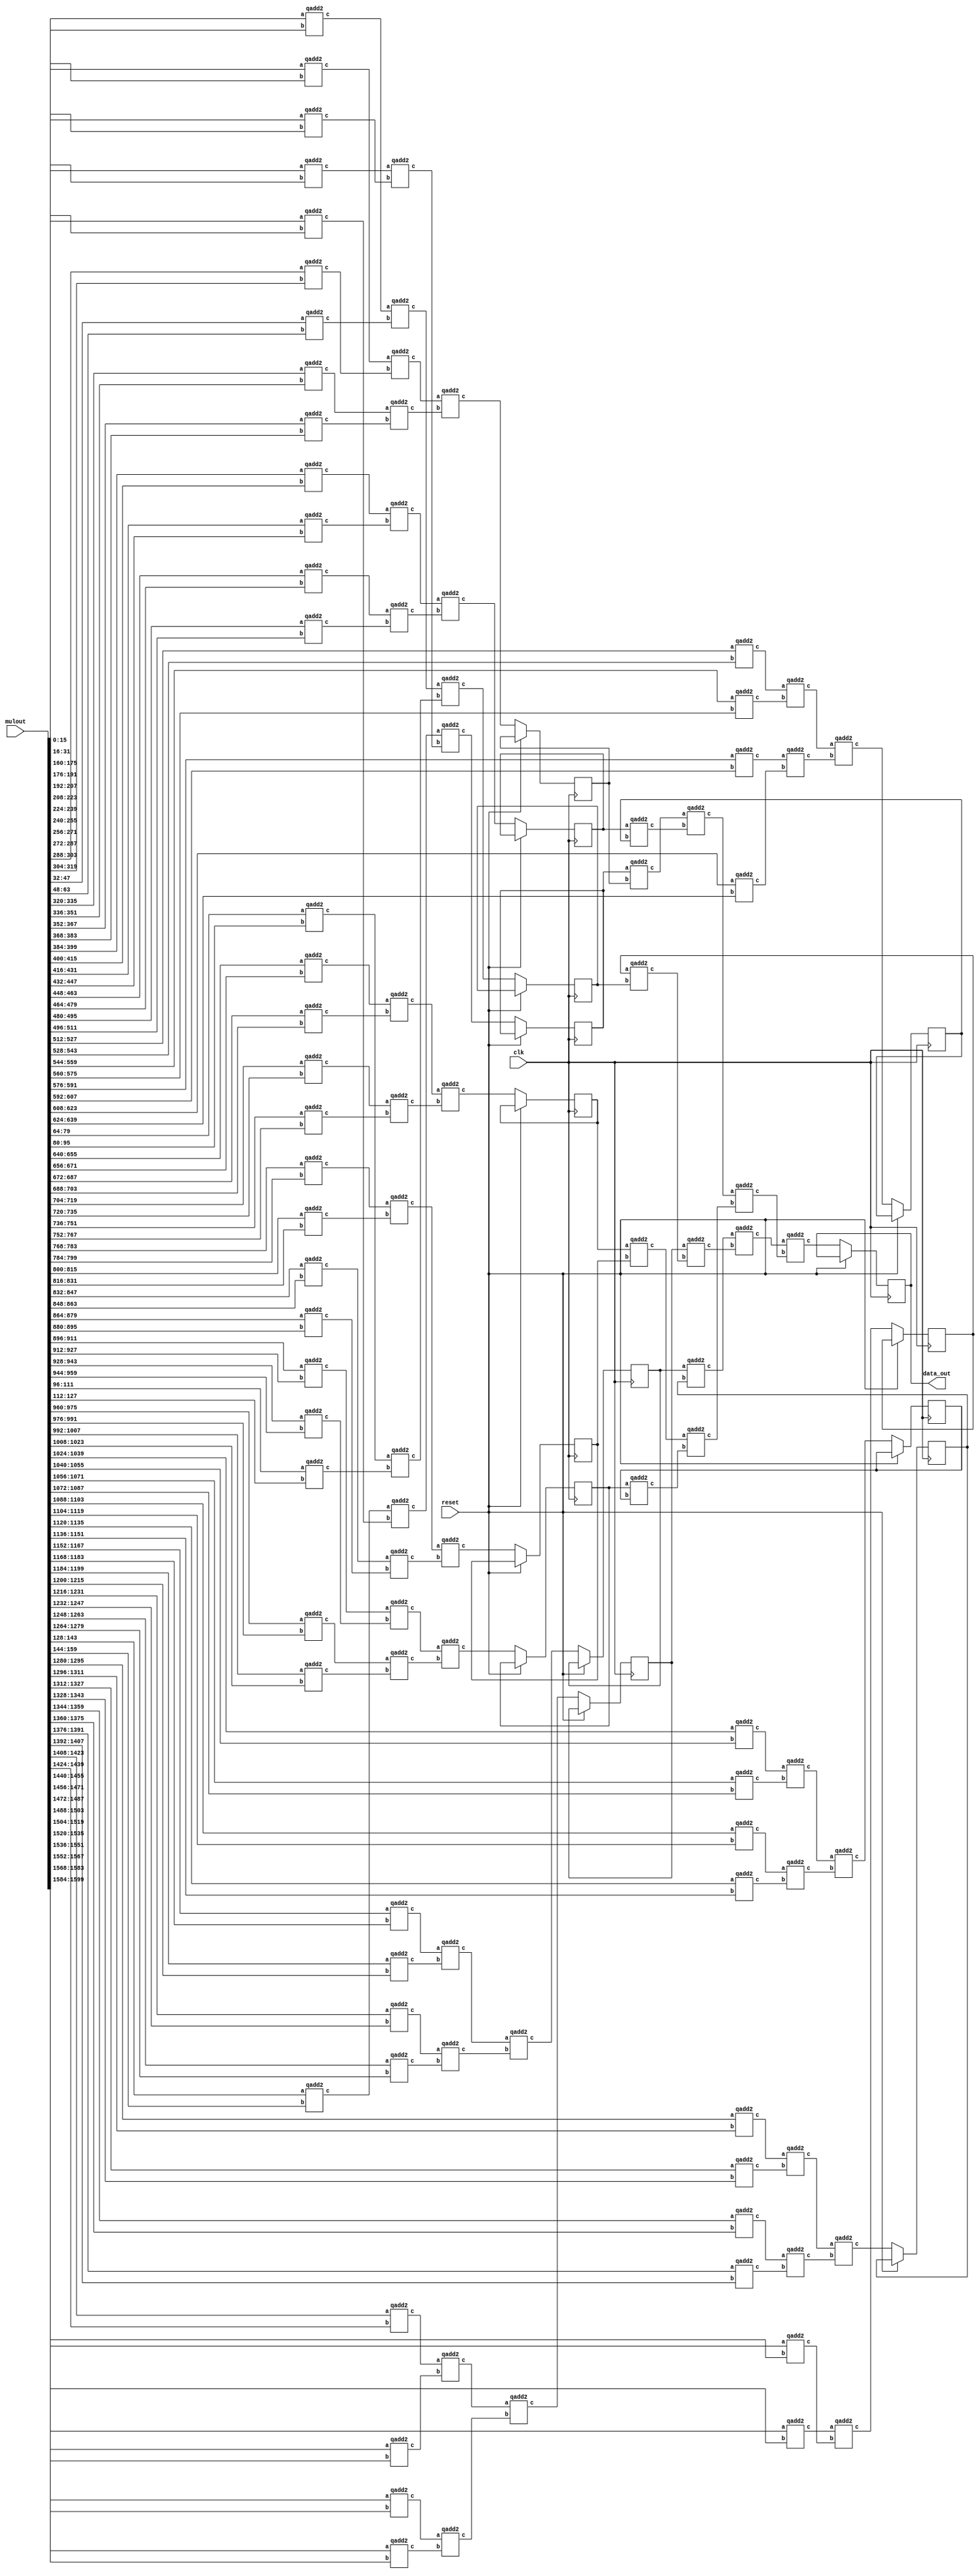
`define SIMULATION_MEMORY
`define ARRAY_DEPTH 64      //Number of Hidden neurons
`define INPUT_DEPTH 100	    //LSTM input vector dimensions
`define DATA_WIDTH 16		//16 bit representation
`define INWEIGHT_DEPTH 6400 //100x64
`define HWEIGHT_DEPTH 4096  //64x64
`define varraysize 1600   //100x16
`define uarraysize 1024  //64x16

 module vecmat_add_x #(parameter varraysize=1600,vectwidth=100) 
 (
 input clk,reset,
 input [varraysize-1:0] mulout,
 output reg [15:0] data_out
 );
          
  wire [15:0] tmp0, tmp1 ,tmp2 ,tmp3 ,tmp4 ,tmp5 ,tmp6 ,tmp7 ,tmp8 ,tmp9 ,tmp10 ,tmp11 ,tmp12 ,tmp13 ,tmp14 ,tmp15 ,tmp16 ,tmp17 ,tmp18 ,tmp19 ,tmp20 ,tmp21 ,tmp22 ,tmp23 ,tmp24 ,tmp25 ,tmp26 ,tmp27 ,tmp28 ,tmp29 ,tmp30 ,tmp31 ,tmp32 ,tmp33 ,tmp34 ,tmp35 ,tmp36 ,tmp37 ,tmp38 ,tmp39 ,tmp40 ,tmp41 ,tmp42 ,tmp43 ,tmp44 ,tmp45 ,tmp46 ,tmp47 ,tmp48 ,tmp49 ,tmp50,tmp51 ,tmp52 ,tmp53,tmp54 ,tmp55 ,tmp56 ,tmp57 ,tmp58,tmp59 ,tmp60 ,tmp61 ,tmp62 ,tmp63 ,tmp64 ,tmp65 ; 
 wire [15:0] tmp66 ,tmp67 ,tmp68 ,tmp69 ,tmp70 ,tmp71 ,tmp72 ,tmp73 ,tmp74 ,tmp75 ,tmp76 ,tmp77 ,tmp78 ,tmp79 ,tmp80 ,tmp81 ,tmp82 ,tmp83 ,tmp84, tmp85 ,tmp86, tmp87,tmp88 ,tmp89 ,tmp90 ,tmp91 ,tmp92 ,tmp93 ,tmp94 ,tmp95, tmp96, tmp97, tmp98, tmp99;
 reg[31:0] i;

 reg [15:0] ff49,ff51,ff53,ff55,ff57,ff59,ff61,ff63,ff65,ff67,ff69,ff71,ff73;

 always @(posedge clk) begin
	if(~reset) begin	
		data_out <= tmp97;
	//adding a flop pipeline stage
		ff49 <= tmp49;
		ff51 <= tmp51;
		ff53 <= tmp53;
		ff55 <= tmp55;
		ff57 <= tmp57;	
		ff59 <= tmp59;
		ff61 <= tmp61;
		ff63 <= tmp63;
		ff65 <= tmp65;
		ff67 <= tmp67;
		ff69 <= tmp69;
		ff71 <= tmp71;
		ff73 <= tmp73;


	end   
 end     

		qadd2 Add_u0(.a(mulout[16*0+:16]),.b(mulout[16*1+:16]),.c(tmp0));
		qadd2 Add_u2(.a(mulout[16*2+:16]),.b(mulout[16*3+:16]),.c(tmp2));
		qadd2 Add_u4(.a(mulout[16*4+:16]),.b(mulout[16*5+:16]),.c(tmp4));
		qadd2 Add_u6(.a(mulout[16*6+:16]),.b(mulout[16*7+:16]),.c(tmp6));
		qadd2 Add_u8(.a(mulout[16*8+:16]),.b(mulout[16*9+:16]),.c(tmp8));
		qadd2 Add_u10(.a(mulout[16*10+:16]),.b(mulout[16*11+:16]),.c(tmp10));
		qadd2 Add_u12(.a(mulout[16*12+:16]),.b(mulout[16*13+:16]),.c(tmp12));
		qadd2 Add_u14(.a(mulout[16*14+:16]),.b(mulout[16*15+:16]),.c(tmp14));
		qadd2 Add_u16(.a(mulout[16*16+:16]),.b(mulout[16*17+:16]),.c(tmp16));
		qadd2 Add_u18(.a(mulout[16*18+:16]),.b(mulout[16*19+:16]),.c(tmp18));
		qadd2 Add_u20(.a(mulout[16*20+:16]),.b(mulout[16*21+:16]),.c(tmp20));
		qadd2 Add_u22(.a(mulout[16*22+:16]),.b(mulout[16*23+:16]),.c(tmp22));
		qadd2 Add_u24(.a(mulout[16*24+:16]),.b(mulout[16*25+:16]),.c(tmp24));
		qadd2 Add_u26(.a(mulout[16*26+:16]),.b(mulout[16*27+:16]),.c(tmp26));
		qadd2 Add_u28(.a(mulout[16*28+:16]),.b(mulout[16*29+:16]),.c(tmp28));
		qadd2 Add_u30(.a(mulout[16*30+:16]),.b(mulout[16*31+:16]),.c(tmp30));
		qadd2 Add_u32(.a(mulout[16*32+:16]),.b(mulout[16*33+:16]),.c(tmp32));
		qadd2 Add_u34(.a(mulout[16*34+:16]),.b(mulout[16*35+:16]),.c(tmp34));
		qadd2 Add_u36(.a(mulout[16*36+:16]),.b(mulout[16*37+:16]),.c(tmp36));
		qadd2 Add_u38(.a(mulout[16*38+:16]),.b(mulout[16*39+:16]),.c(tmp38));
		qadd2 Add_u40(.a(mulout[16*40+:16]),.b(mulout[16*41+:16]),.c(tmp40));
		qadd2 Add_u42(.a(mulout[16*42+:16]),.b(mulout[16*43+:16]),.c(tmp42));
		qadd2 Add_u44(.a(mulout[16*44+:16]),.b(mulout[16*45+:16]),.c(tmp44));
		qadd2 Add_u46(.a(mulout[16*46+:16]),.b(mulout[16*47+:16]),.c(tmp46));
		qadd2 Add_u48(.a(mulout[16*48+:16]),.b(mulout[16*49+:16]),.c(tmp48));
		qadd2 Add_u50(.a(mulout[16*50+:16]),.b(mulout[16*51+:16]),.c(tmp50));
		qadd2 Add_u52(.a(mulout[16*52+:16]),.b(mulout[16*53+:16]),.c(tmp52));
		qadd2 Add_u54(.a(mulout[16*54+:16]),.b(mulout[16*55+:16]),.c(tmp54));
		qadd2 Add_u56(.a(mulout[16*56+:16]),.b(mulout[16*57+:16]),.c(tmp56));
		qadd2 Add_u58(.a(mulout[16*58+:16]),.b(mulout[16*59+:16]),.c(tmp58));
		qadd2 Add_u60(.a(mulout[16*60+:16]),.b(mulout[16*61+:16]),.c(tmp60));
		qadd2 Add_u62(.a(mulout[16*62+:16]),.b(mulout[16*63+:16]),.c(tmp62));
		qadd2 Add_u64(.a(mulout[16*64+:16]),.b(mulout[16*65+:16]),.c(tmp64));
		qadd2 Add_u66(.a(mulout[16*66+:16]),.b(mulout[16*67+:16]),.c(tmp66));
		qadd2 Add_u68(.a(mulout[16*68+:16]),.b(mulout[16*69+:16]),.c(tmp68));
		qadd2 Add_u70(.a(mulout[16*70+:16]),.b(mulout[16*71+:16]),.c(tmp70));
		qadd2 Add_u72(.a(mulout[16*72+:16]),.b(mulout[16*73+:16]),.c(tmp72));
		qadd2 Add_u74(.a(mulout[16*74+:16]),.b(mulout[16*75+:16]),.c(tmp74));
		qadd2 Add_u76(.a(mulout[16*76+:16]),.b(mulout[16*77+:16]),.c(tmp76));
		qadd2 Add_u78(.a(mulout[16*78+:16]),.b(mulout[16*79+:16]),.c(tmp78));
		qadd2 Add_u80(.a(mulout[16*80+:16]),.b(mulout[16*81+:16]),.c(tmp80));
		qadd2 Add_u82(.a(mulout[16*82+:16]),.b(mulout[16*83+:16]),.c(tmp82));
		qadd2 Add_u84(.a(mulout[16*84+:16]),.b(mulout[16*85+:16]),.c(tmp84));
		qadd2 Add_u86(.a(mulout[16*86+:16]),.b(mulout[16*87+:16]),.c(tmp86));
		qadd2 Add_u88(.a(mulout[16*88+:16]),.b(mulout[16*89+:16]),.c(tmp88));
		qadd2 Add_u90(.a(mulout[16*90+:16]),.b(mulout[16*91+:16]),.c(tmp90));
		qadd2 Add_u92(.a(mulout[16*92+:16]),.b(mulout[16*93+:16]),.c(tmp92));
		qadd2 Add_u94(.a(mulout[16*94+:16]),.b(mulout[16*95+:16]),.c(tmp94));
		qadd2 Add_u96(.a(mulout[16*96+:16]),.b(mulout[16*97+:16]),.c(tmp96));
		qadd2 Add_u98(.a(mulout[16*98+:16]),.b(mulout[16*99+:16]),.c(tmp98));
		
		 
			qadd2 Add_u1(.a(tmp0),.b(tmp2),.c(tmp1));
			qadd2 Add_u3(.a(tmp4),.b(tmp6),.c(tmp3));
			qadd2 Add_u5(.a(tmp8),.b(tmp10),.c(tmp5));
			qadd2 Add_u7(.a(tmp12),.b(tmp14),.c(tmp7));
			qadd2 Add_u9(.a(tmp16),.b(tmp18),.c(tmp9));
			qadd2 Add_u11(.a(tmp20),.b(tmp22),.c(tmp11));
			qadd2 Add_u13(.a(tmp24),.b(tmp26),.c(tmp13));
			qadd2 Add_u15(.a(tmp28),.b(tmp30),.c(tmp15));
			qadd2 Add_u17(.a(tmp32),.b(tmp34),.c(tmp17));
			qadd2 Add_u19(.a(tmp36),.b(tmp38),.c(tmp19));
			qadd2 Add_u21(.a(tmp40),.b(tmp42),.c(tmp21));
			qadd2 Add_u23(.a(tmp44),.b(tmp46),.c(tmp23));
			qadd2 Add_u25(.a(tmp48),.b(tmp50),.c(tmp25));
			qadd2 Add_u27(.a(tmp52),.b(tmp54),.c(tmp27));
			qadd2 Add_u29(.a(tmp56),.b(tmp58),.c(tmp29));
			qadd2 Add_u31(.a(tmp60),.b(tmp62),.c(tmp31));
			qadd2 Add_u33(.a(tmp64),.b(tmp66),.c(tmp33));
			qadd2 Add_u35(.a(tmp68),.b(tmp70),.c(tmp35));
			qadd2 Add_u37(.a(tmp72),.b(tmp74),.c(tmp37));
			qadd2 Add_u39(.a(tmp76),.b(tmp78),.c(tmp39));
			qadd2 Add_u41(.a(tmp80),.b(tmp82),.c(tmp41));
			qadd2 Add_u43(.a(tmp84),.b(tmp86),.c(tmp43));
			qadd2 Add_u45(.a(tmp88),.b(tmp90),.c(tmp45));
			qadd2 Add_u47(.a(tmp92),.b(tmp94),.c(tmp47));
			qadd2 Add_u49(.a(tmp96),.b(tmp98),.c(tmp49));
						
			qadd2 Add_u51(.a(tmp1),.b(tmp3),.c(tmp51));
			qadd2 Add_u53(.a(tmp5),.b(tmp7),.c(tmp53));
			qadd2 Add_u55(.a(tmp9),.b(tmp11),.c(tmp55));
			qadd2 Add_u57(.a(tmp13),.b(tmp15),.c(tmp57));
			qadd2 Add_u59(.a(tmp17),.b(tmp19),.c(tmp59));
			qadd2 Add_u61(.a(tmp21),.b(tmp23),.c(tmp61));
			qadd2 Add_u63(.a(tmp25),.b(tmp27),.c(tmp63));
			qadd2 Add_u65(.a(tmp29),.b(tmp31),.c(tmp65));
			qadd2 Add_u67(.a(tmp33),.b(tmp35),.c(tmp67));
			qadd2 Add_u69(.a(tmp37),.b(tmp39),.c(tmp69));
			qadd2 Add_u71(.a(tmp41),.b(tmp43),.c(tmp71));
			qadd2 Add_u73(.a(tmp45),.b(tmp47),.c(tmp73));
			
			qadd2 Add_u75(.a(ff49),.b(ff51),.c(tmp75));
			qadd2 Add_u77(.a(ff53),.b(ff55),.c(tmp77));
			qadd2 Add_u79(.a(ff57),.b(ff59),.c(tmp79));
			qadd2 Add_u81(.a(ff61),.b(ff63),.c(tmp81));
			qadd2 Add_u83(.a(ff65),.b(ff67),.c(tmp83));
			qadd2 Add_u85(.a(ff69),.b(ff71),.c(tmp85));

			qadd2 Add_u87(.a(ff73),.b(tmp75),.c(tmp87));
			qadd2 Add_u89(.a(tmp77),.b(tmp79),.c(tmp89));
			qadd2 Add_u91(.a(tmp81),.b(tmp83),.c(tmp91));

			qadd2 Add_u93(.a(tmp85),.b(tmp87),.c(tmp93));
			qadd2 Add_u95(.a(tmp89),.b(tmp91),.c(tmp95));

			qadd2 Add_u97(.a(tmp93),.b(tmp95),.c(tmp97));
			
		
									
	   
endmodule

module qadd2(
 input [15:0] a,
 input [15:0] b,
 output [15:0] c
    );
    
assign c = a + b;


endmodule